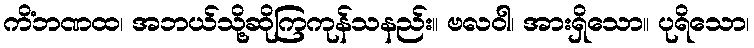
ကိံဘဏထ၊ အဘယ်သို့ဆိုကြကုန်သနည်း။ ဗလဝါ၊ အားရှိသော။ ပုရိသော၊